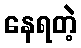
နေရတဲ့